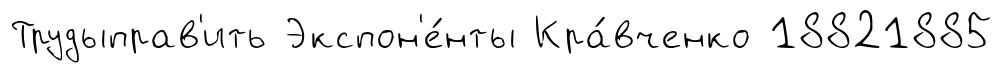
Трудыправ'ить Экспон'е́нты Кра́вченко 18821885